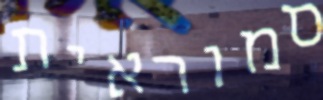
סמוראית